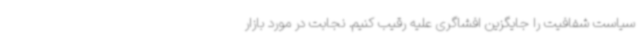
سیاست شفافیت را جایگزین افشاگری علیه رقیب کنیم. نجابت در مورد بازار